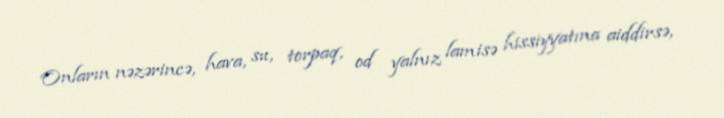
Onların nəzərincə, hava, su, torpaq, od yalnız lamisə hissiyyatına aiddirsə,